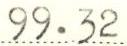
99.32